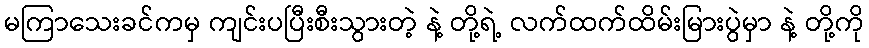
မကြာသေးခင်ကမှ ကျင်းပပြီးစီးသွားတဲ့ နဲ့ တို့ရဲ့ လက်ထက်ထိမ်းမြားပွဲမှာ နဲ့ တို့ကို